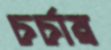
চর্চায়